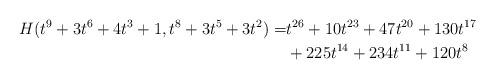
LaTeX: \begin{align*} H(t^9+3t^6+4t^3+1, t^8+3t^5+3t^2)= &t^{26}+10t^{23}+47t^{20}+130t^{17}\\ &+225t^{14}+234t^{11}+120t^8 \end{align*}